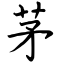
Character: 茅